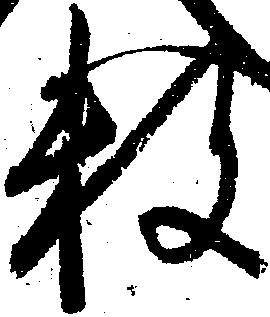
数